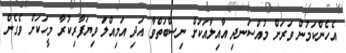
އެހެންކަމުން ވަރަށް މުއްސަނދި އާއިލާއަކަށް ނިސްބަތްވާ އަދި އަމިއްލަ ވިޔަފާރިކުރާ މީހަކަށް ވެގެން